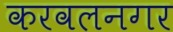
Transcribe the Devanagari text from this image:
करवलनगर